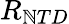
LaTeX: R_{\mathbb{N}TD}